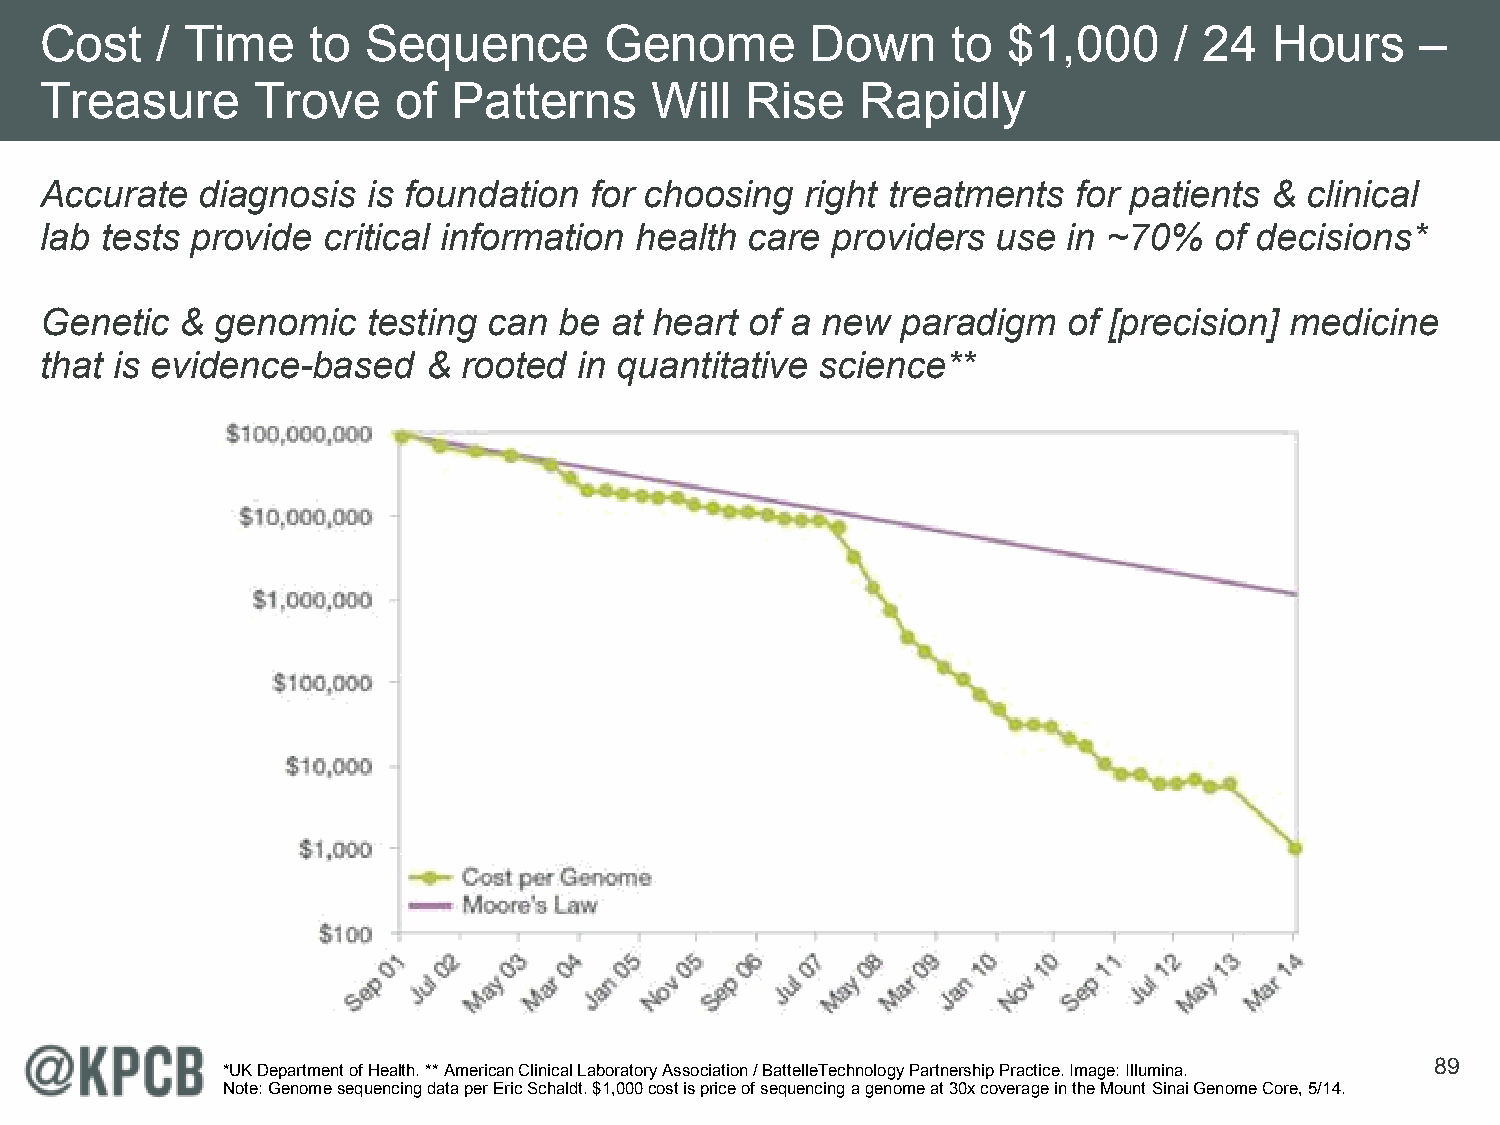
Cost   / Time     to Sequence        Genome        Down     to  $1,000     / 24  Hours     –
 Treasure      Trove    of  Patterns     Will  Rise    Rapidly
 Accurate  diagnosis  is foundation  for choosing  right treatments  for patients &  clinical
 lab tests provide critical information health  care providers  use  in ~70%  of decisions*
 Genetic  & genomic   testing can  be at heart  of a new  paradigm   of [precision] medicine
 that is evidence-based   &  rooted in quantitative science**
 89
 *UK Department of Health. ** American Clinical Laboratory Association / BattelleTechnology Partnership Practice. Image: Illumina.
 Note: Genome sequencing data per Eric Schaldt. $1,000 cost is price of sequencing a genome at 30x coverage in the Mount Sinai Genome Core, 5/14.